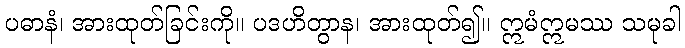
ပဓာနံ၊ အားထုတ်ခြင်းကို။ ပဒဟိတွာန၊ အားထုတ်၍။ ဣမံဣမဿ သမုခါ